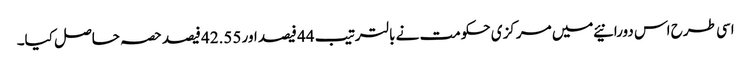
اسی طرح اس دورانیئے میں مرکزی حکومت نے بالترتیب 44 فیصد اور 42.55 فیصد حصہ حاصل کیا۔